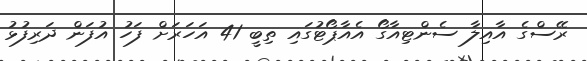
ރޭސްގެ އާއިލާ ސެންޓިއާގޯ އެއާޕޯޓުގައި ތިބީ 41 އަަހަރަށް ފަހު އުފަން ދަރިފުޅު